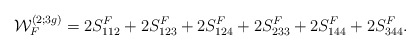
\begin{align*}{\cal W}^{(2;3g)}_F=2S_{112}^F+2S_{123}^F +2S_{124}^F +2S_{233}^F +2S_{144}^F +2S_{344}^F.\end{align*}